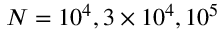
N = 1 0 ^ { 4 } , 3 \times 1 0 ^ { 4 } , 1 0 ^ { 5 }